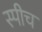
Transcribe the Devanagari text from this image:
स्‍पीच